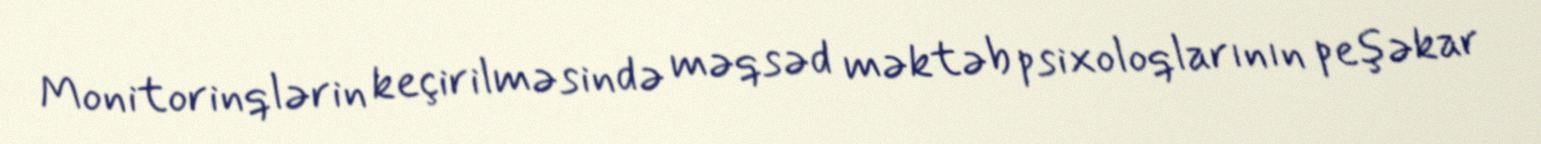
Monitorinqlərin keçirilməsində məqsəd məktəb psixoloqlarının peşəkar